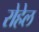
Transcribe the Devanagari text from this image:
रोहेल